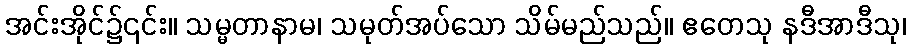
အင်းအိုင်၌၎င်း။ သမ္မတာနာမ၊ သမုတ်အပ်သော သိမ်မည်သည်။ ဧတေသု နဒီအာဒီသု၊